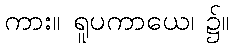
ကား။ ရူပကာယေ၊ ၌။